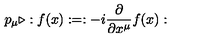
p _ { \mu } \triangleright : f ( x ) : = : - i \frac { \partial } { \partial x ^ { \mu } } f ( x ) :